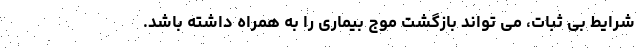
شرایط بی ثبات، می تواند بازگشت موج بیماری را به همراه داشته باشد.